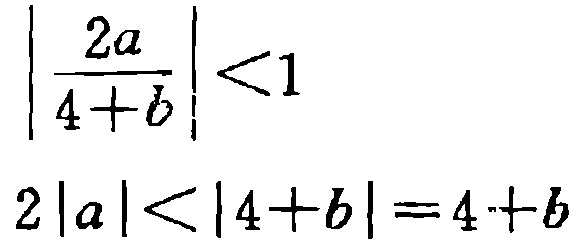
\[\left|\frac{2a}{4 + b}\right| < 1\]
\[2|a| < |4 + b| = 4 + b\]